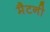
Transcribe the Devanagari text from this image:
मैटनी